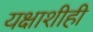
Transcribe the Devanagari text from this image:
यक्षाशीही